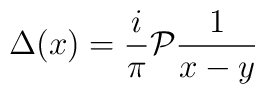
\Delta (x)=\frac{i}{\pi }{\cal P}\frac{1}{x-y}